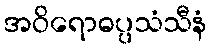
အဝိရောဓပ္ပသံသီနံ